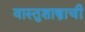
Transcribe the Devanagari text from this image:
वास्तुशास्त्राची